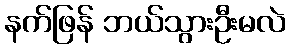
နက်ဖြန် ဘယ်သွားဦးမလဲ